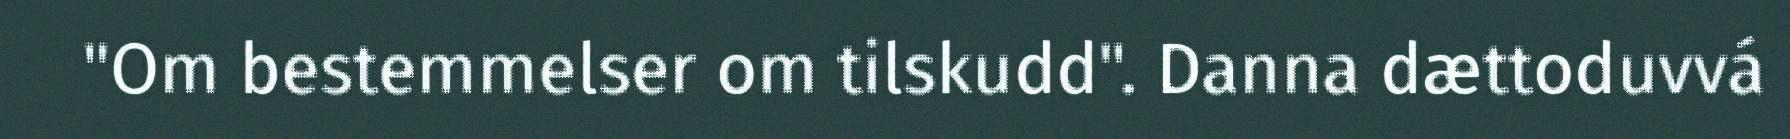
"Om bestemmelser om tilskudd". Danna dættoduvvá